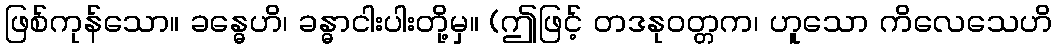
ဖြစ်ကုန်သော။ ခန္ဓေဟိ၊ ခန္ဓာငါးပါးတို့မှ။ (ဤဖြင့် တဒနုဝတ္တက၊ ဟူသော ကိလေသေဟိ